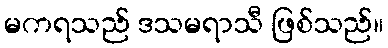
မကရသည် ဒသမရာသီ ဖြစ်သည်။